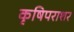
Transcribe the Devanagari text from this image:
कृषिपराशर